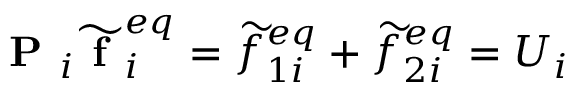
\textbf { P } _ { i } \widetilde { \textbf { f } } _ { i } ^ { e q } = \widetilde { f } _ { 1 i } ^ { e q } + \widetilde { f } _ { 2 i } ^ { e q } = U _ { i }